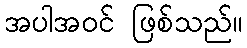
အပါအဝင် ဖြစ်သည်။